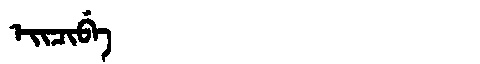
Manchu: ᡝᡳᠴᡳᠪᡝ
Romanization: EICIBE